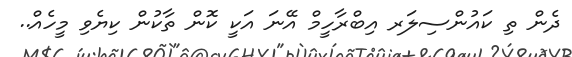
ދެން ތި ކައުންސިލަރ އިބްރާހީމް އޭނަ އަކީ ކޮން ތާކުން ކިޔެވި މީހެއް..